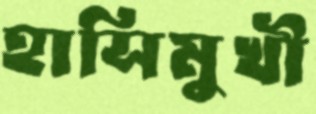
হাসিমুখী